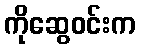
ကိုဆွေဝင်းက